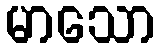
မာသော